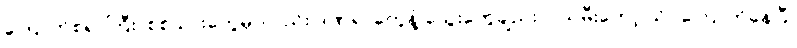
ကြောက်စရာကြီး၊ စစ်သားတွေမှာလည်း ဒဏ်ရာတွေနဲ့ သွေးတွေချည်းပဲ၊ သမီးတော့ သိပ်ကြောက်နေပြီ၊